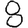
Digit: 8